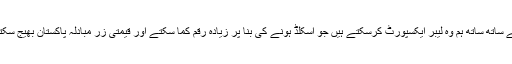
اسی کے ساتھ ساتھ ہم وہ لیبر ایکسپورٹ کرسکتے ہیں جو اسکلڈ ہونے کی بنا پر زیادہ رقم کما سکتے اور قیمتی زر مبادلہ پاکستان بھیج سکتے ہیں۔